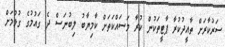
ސަރުކާރަށް ތާއީދުކުރާ ޕާޓީތަކުން ކުރާ މަސައްކަތަށް ކާމިޔާބު ލިބުނަސް ދެ ގައުމުގެ ގުޅުމަށް